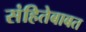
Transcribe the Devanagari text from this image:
संहितेबाबत